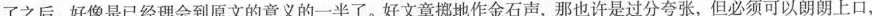
了之后，好像是已经理会到原文的意义的一半了。好文章挪地作金石声，那也许是过分夸张，但必须可以朗朗上口，